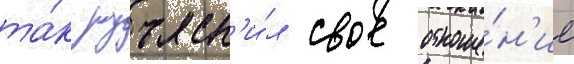
та́к разъясн'и́л свое отноше́н'ие